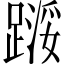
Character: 𬧇